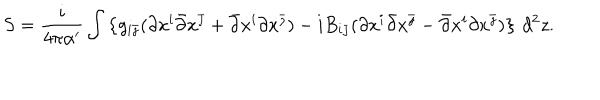
S = \frac i { 4 \pi \alpha ^ { \prime } } \int \left\{ g _ { i \bar { \jmath } } ( \partial x ^ { i } \bar { \partial } x ^ { \bar { \jmath } } + \bar { \partial } x ^ { i } \partial x ^ { \bar { \jmath } } ) - i B _ { i \bar { \jmath } } ( \partial x ^ { i } \bar { \partial } x ^ { \bar { \jmath } } - \bar { \partial } x ^ { i } \partial x ^ { \bar { \jmath } } ) \right\} \, d ^ { 2 } z .